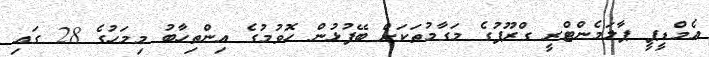
އެމްޑީޕީ ޕާލަމެންޓްރީ ގްރޫޕުގެ މަގާމުތަކަށް ބޭފުޅުން ހޮވުމުގެ އިންތިހާބު މިމަހުގެ 28 ގައި